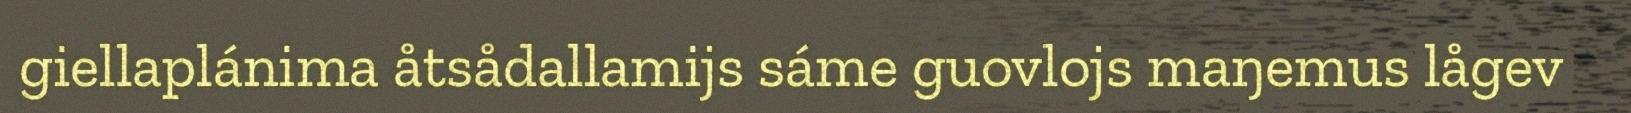
giellaplánima åtsådallamijs sáme guovlojs maŋemus lågev